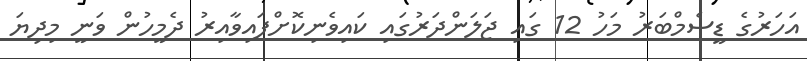
އަހަރުގެ ޑީސެމްބަރު މަހު 12 ގައި ޖަލަންދަރުގައި ކައިވެނިކޮށްފައިވާއިރު ދެމީހުން ވަނީ މިދިޔަ